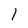
Character: 1